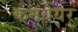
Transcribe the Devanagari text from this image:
कनवेयर